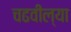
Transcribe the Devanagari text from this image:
चढवील्या